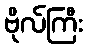
ဗိုလ်ကြီး